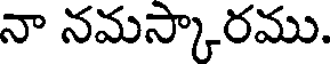
నా నమస్కారము.